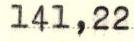
142,22